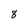
Character: 8